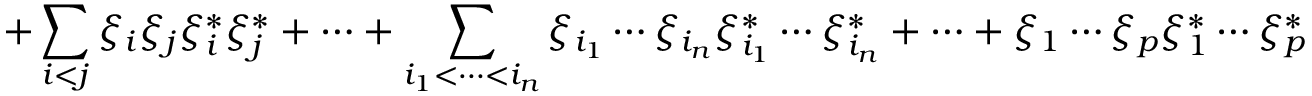
+ \sum _ { i < j } \xi _ { i } \xi _ { j } \xi _ { i } ^ { * } \xi _ { j } ^ { * } + \cdots + \sum _ { i _ { 1 } < \cdots < i _ { n } } \xi _ { i _ { 1 } } \cdots \xi _ { i _ { n } } \xi _ { i _ { 1 } } ^ { * } \cdots \xi _ { i _ { n } } ^ { * } + \cdots + \xi _ { 1 } \cdots \xi _ { p } \xi _ { 1 } ^ { * } \cdots \xi _ { p } ^ { * }